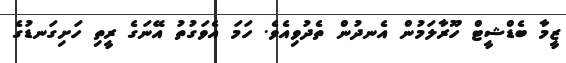
ޒީމާ ބެޑްޝީޓް ހޫރާލަމުން އެނދުން ތެދުވިއެވެ. ހަމަ އެވަގުތު އޭނަގެ ރީތި ހަށިގަނޑުގެ